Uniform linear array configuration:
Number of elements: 8
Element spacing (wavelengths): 0.5
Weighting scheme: cosine
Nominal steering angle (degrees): -30
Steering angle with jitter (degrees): -28.235
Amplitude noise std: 0.05
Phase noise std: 0.05

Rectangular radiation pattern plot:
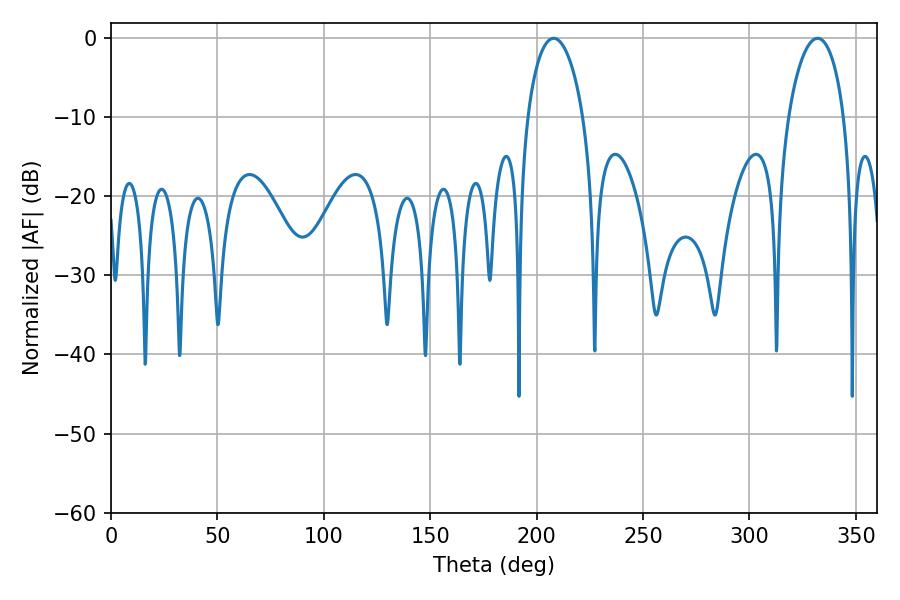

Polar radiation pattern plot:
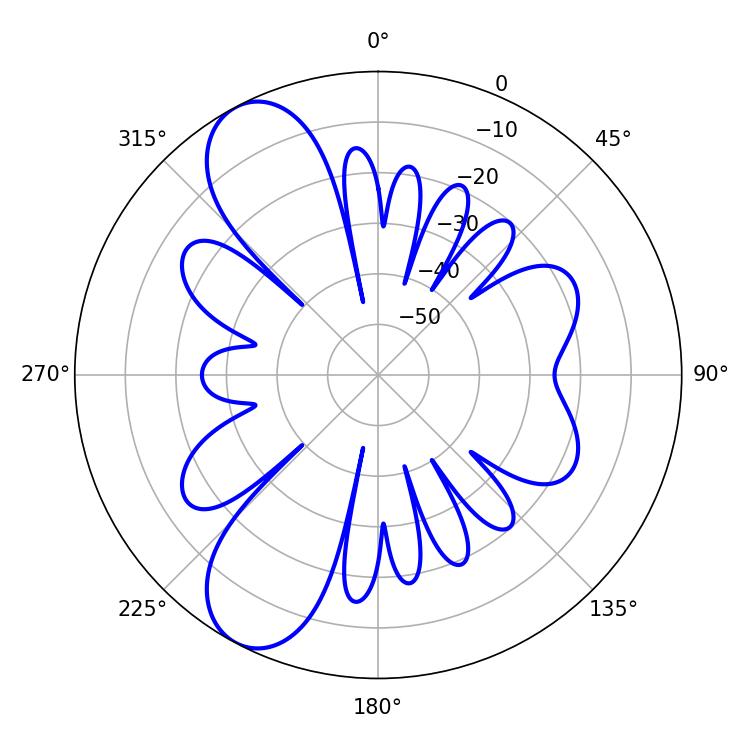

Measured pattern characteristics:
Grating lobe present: FALSE
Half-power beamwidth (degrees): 15.12
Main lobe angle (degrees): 208.08